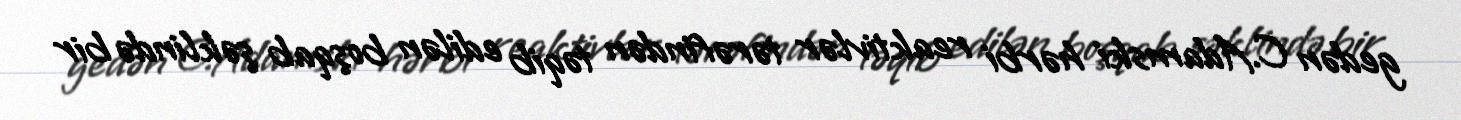
gedən C.Adamski hərbi reaktivlər tərəfindən təqib edilən boşqab şəklində bir